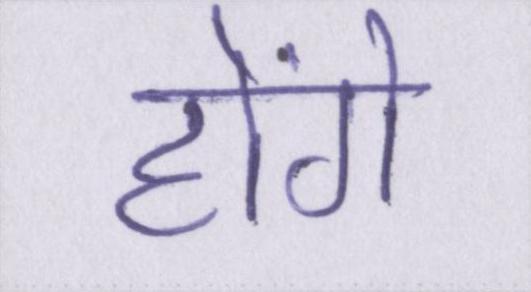
होंगे